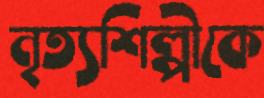
নৃত্যশিল্পীকে